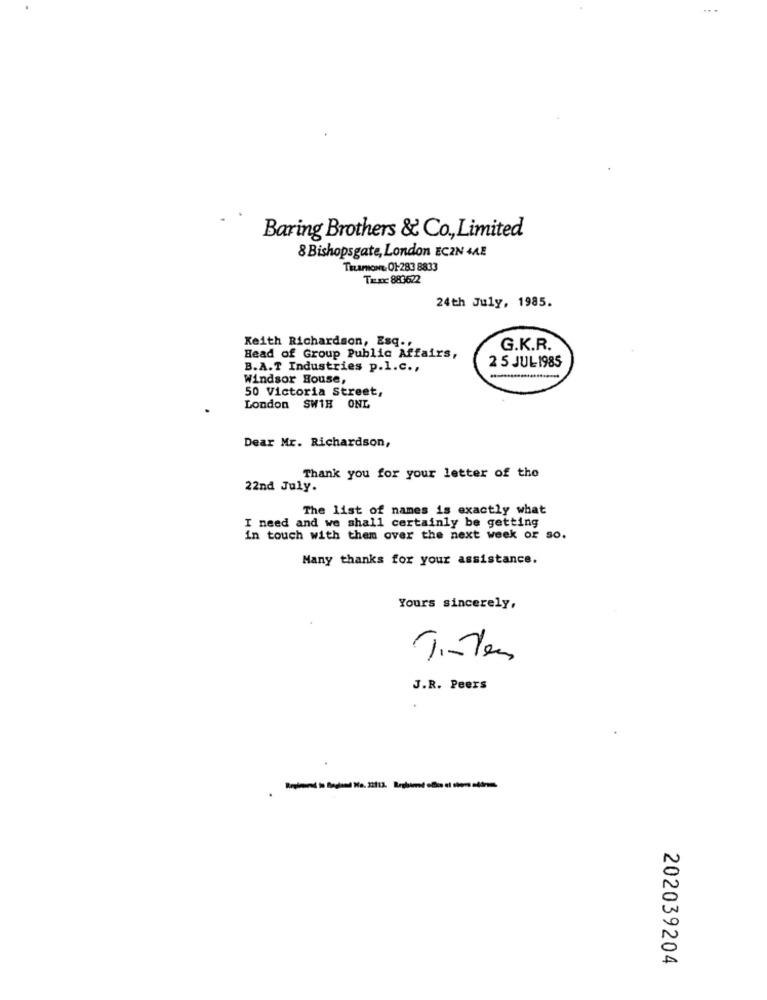
...
Baring Brothers & Co ., Limited
& Bishopsgate, London ECZN 44E
TEamoNL 01-283 8833
Tenc 883622
24th July, 1985.
Keith Richardson, Esq .,
G.K.R.
Head of Group Public Affairs,
2 5 JUL1985
B.A.T Industries p.l.c .,
Windsor House,
50 Victoria Street,
London SW1H ONL
Dear Mr. Richardson,
Thank you for your letter of the
22nd July.
The list of names is exactly what
I need and we shall certainly be getting
in touch with them over the next week or so.
Many thanks for your assistance.
Yours sincerely,
J.R. Peers
202039204